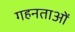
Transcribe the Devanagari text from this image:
गहनताओं